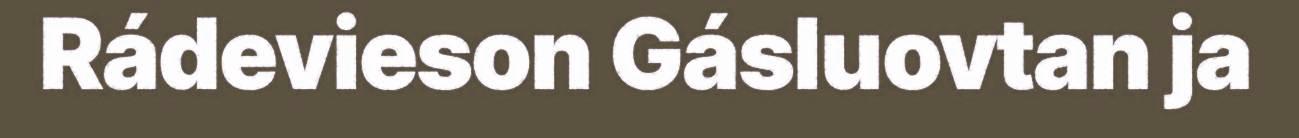
Rádevieson Gásluovtan ja